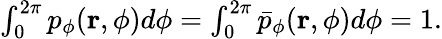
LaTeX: \begin{array}{r}{\int_{0}^{2\pi}p_{\phi}(\mathbf{r},\phi)d\phi=\int_{0}^{2\pi}\bar{p}_{\phi}(\mathbf{r},\phi)d\phi=1.}\end{array}